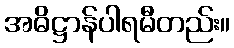
အဓိဋ္ဌာန်ပါရမီတည်း။